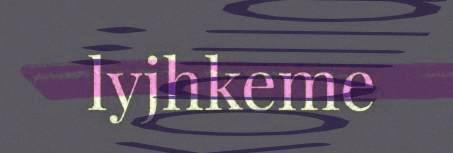
lyjhkeme